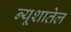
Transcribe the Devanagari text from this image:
न्यूशातेल